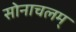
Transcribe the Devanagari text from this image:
सोनाचलम्